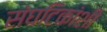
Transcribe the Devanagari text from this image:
संघटिकांशी